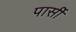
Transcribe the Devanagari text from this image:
पार्सी